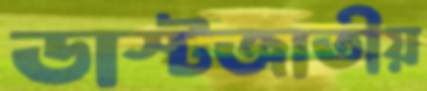
ডাস্টজাতীয়